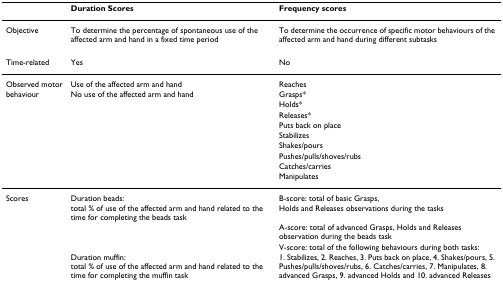
<table><thead><tr><td></td><td><b>Duration Scores</b></td><td><b>Frequency scores</b></td></tr></thead><tbody><tr><td>Objective</td><td>To determine the percentage of spontaneous use of the affected arm and hand in a fixed time period</td><td>To determine the occurrence of specific motor behaviours of the affected arm and hand during different subtasks</td></tr><tr><td>Time-related</td><td>Yes</td><td>No</td></tr><tr><td>Observed motor</td><td>Use of the affected arm and hand</td><td>Reaches</td></tr><tr><td>behaviour</td><td>No use of the affected arm and hand</td><td>Grasps*</td></tr><tr><td></td><td></td><td>Holds*</td></tr><tr><td></td><td></td><td>Releases*</td></tr><tr><td></td><td></td><td>Puts back on place</td></tr><tr><td></td><td></td><td>Stabilizes</td></tr><tr><td></td><td></td><td>Shakes/pours</td></tr><tr><td></td><td></td><td>Pushes/pulls/shoves/rubs</td></tr><tr><td></td><td></td><td>Catches/carries</td></tr><tr><td></td><td></td><td>Manipulates</td></tr><tr><td>Scores</td><td>Duration beads:total % of use of the affected arm and hand related to the time for completing the beads task</td><td>B-score: total of basic Grasps,Holds and Releases observations during the tasks</td></tr><tr><td></td><td></td><td>A-score: total of advanced Grasps, Holds and Releases observation during the beads task</td></tr><tr><td></td><td></td><td>V-score: total of the following behaviours during both tasks:</td></tr><tr><td></td><td>Duration muffin:total % of use of the affected arm and hand related to the time for completing the muffin task</td><td>1. Stabilizes, 2. Reaches, 3. Puts back on place, 4. Shakes/pours, 5. Pushes/pulls/shoves/rubs, 6. Catches/carries, 7. Manipulates, 8. advanced Grasps, 9. advanced Holds and 10. advanced Releases</td></tr></tbody></table>